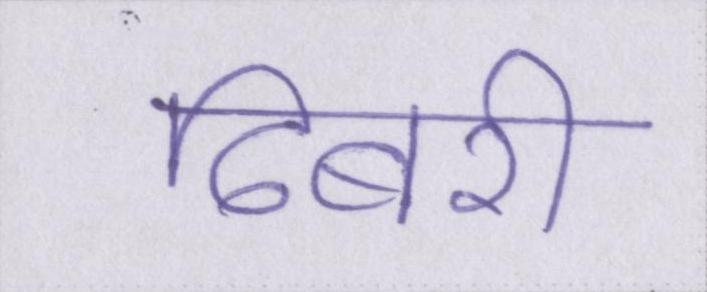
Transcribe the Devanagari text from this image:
ढिबरी